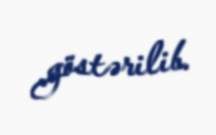
göstərilib.